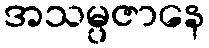
အသမ္ပဇာနေ